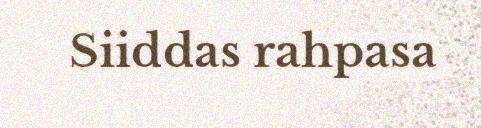
Siiddas rahpasa